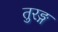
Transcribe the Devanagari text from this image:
तुरङ्ग